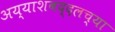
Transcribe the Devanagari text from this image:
अय्याशबद्दलच्या